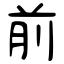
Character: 前